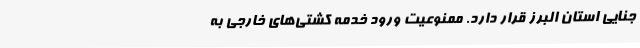
جنایی استان البرز قرار دارد. ممنوعیت ورود خدمه کشتی‌های خارجی به